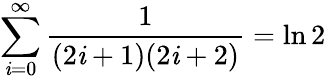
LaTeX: \sum_{\mathit{i}=0}^{\infty}{\frac{{1}}{{(2\mathit{i}+1)(2\mathit{i}+2)}}}=\ln2